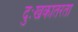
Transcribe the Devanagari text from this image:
दुःखकातरता